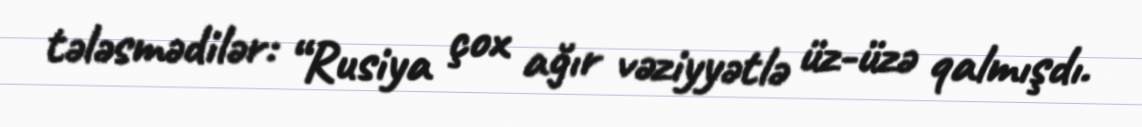
tələsmədilər: “Rusiya çox ağır vəziyyətlə üz-üzə qalmışdı.